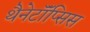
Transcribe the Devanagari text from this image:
थैनेटॉॅप्सिस